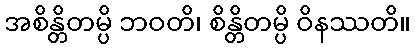
အစိန္တိတမ္ပိ ဘဝတိ၊ စိန္တိတမ္ပိ ဝိနဿတိ။